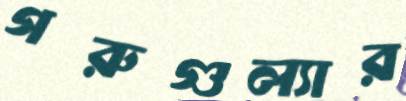
গরুগুল্যার